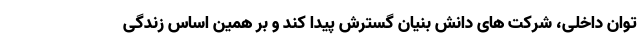
توان داخلی، شرکت های دانش بنیان گسترش پیدا کند و بر همین اساس زندگی